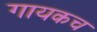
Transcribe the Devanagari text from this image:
गायकच